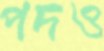
পদও